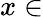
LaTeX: x\in